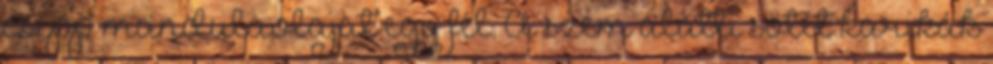
csepp mandulaolajat egy fél. A szem alatti sötét karikák